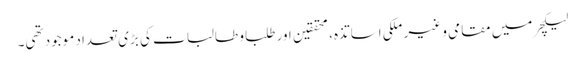
لیکچر میں مقامی و غیر ملکی اساتذہ، محققین اور طلبا و طالبات کی بڑی تعداد موجود تھی۔